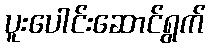
ပူးပေါင်းဆောင်ရွက်